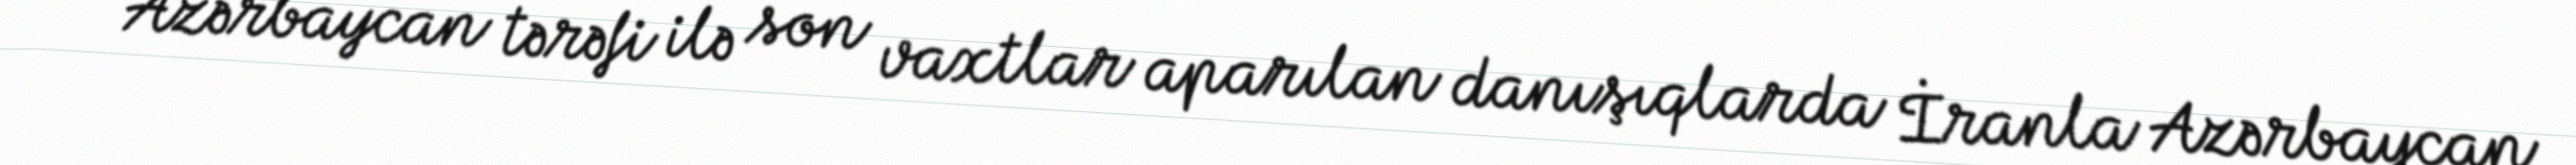
“Azərbaycan tərəfi ilə son vaxtlar aparılan danışıqlarda İranla Azərbaycan